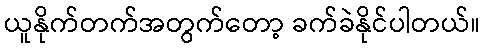
ယူနိုက်တက်အတွက်တော့ ခက်ခဲနိုင်ပါတယ်။